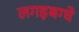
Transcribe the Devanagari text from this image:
लगड़बग्घे